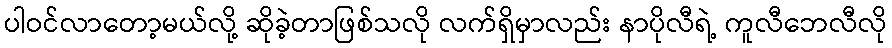
ပါဝင်လာတော့မယ်လို့ ဆိုခဲ့တာဖြစ်သလို လက်ရှိမှာလည်း နာပိုလီရဲ့ ကူလီဘေလီလို